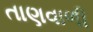
તાણવાળી